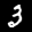
Label: 3